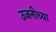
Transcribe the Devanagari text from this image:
उजनीच्या